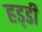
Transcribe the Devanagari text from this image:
हड्‍डी